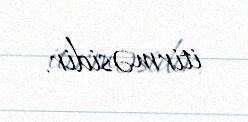
itirməsidir.